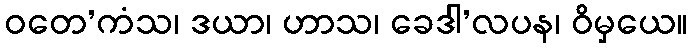
ဝတေ’ကံသ၊ ဒယာ၊ ဟာသ၊ ခေဒါ’လပန၊ ဝိမှယေ။